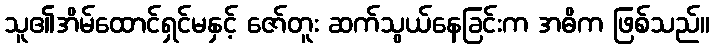
သူ၏အိမ်ထောင်ရှင်မနှင့် ဇော်တူး ဆက်သွယ်နေခြင်းက အဓိက ဖြစ်သည်။